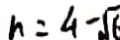
h = 4 - \sqrt { 6 }